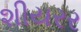
શીયરર